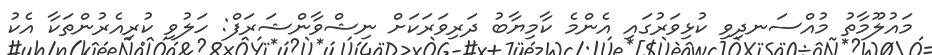
މައުލޫމާތު މުއްސަނދިވި ކުޅިވަރުގައި އެންމެ ކާމިޔާބު ދަރިވަރަކަށް ނިޝްވާންޝަރަފް: ހަލުވި ކުރިއެރުންތަކާ އެކު